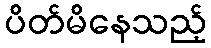
ပိတ်မိနေသည့်